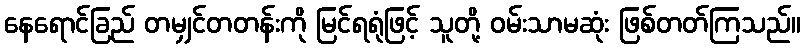
နေရောင်ခြည် တမျှင်တတန်းကို မြင်ရရုံဖြင့် သူတို့ ဝမ်းသာမဆုံး ဖြစ်တတ်ကြသည်။